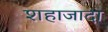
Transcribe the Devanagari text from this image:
शहाजादा